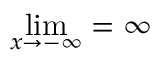
\operatorname* { l i m } _ { x \rightarrow - \infty } = \infty